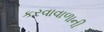
કરવાવાળાની